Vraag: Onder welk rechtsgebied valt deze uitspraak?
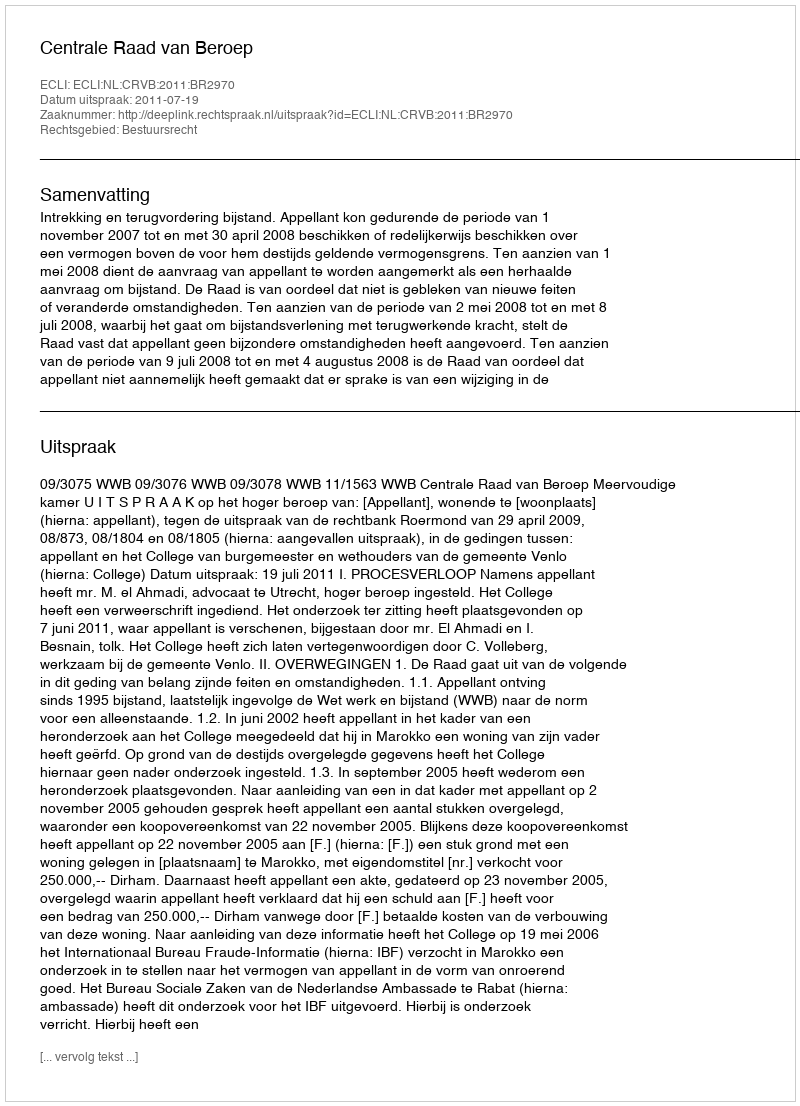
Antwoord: Bestuursrecht